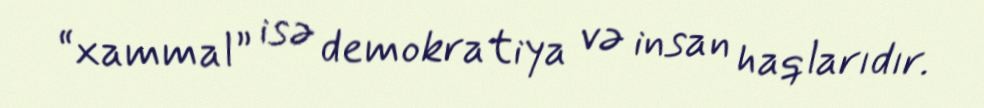
“xammal” isə demokratiya və insan haqlarıdır.